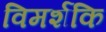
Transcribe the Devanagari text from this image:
विमर्शकि